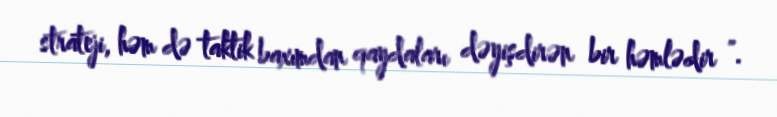
strateji, həm də taktik baxımdan qaydaları dəyişdirən bir həmlədir ".